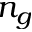
n _ { g }